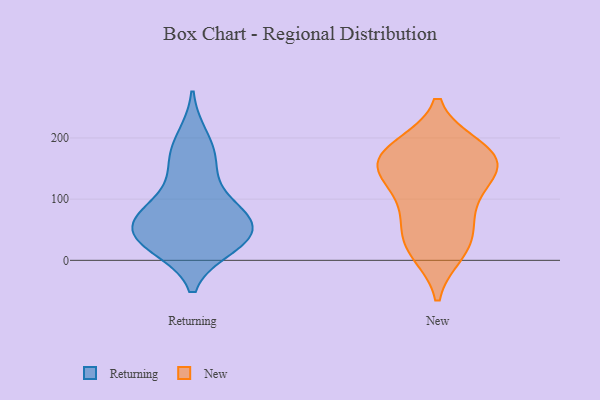
{"axis": {"x": "Demand Index", "y": "Value"}, "legend": ["New", "Returning"], "data": [{"x": "", "y": 24, "type": "Returning"}, {"x": "", "y": 30, "type": "Returning"}, {"x": "", "y": 86, "type": "Returning"}, {"x": "", "y": 49, "type": "Returning"}, {"x": "", "y": 155, "type": "Returning"}, {"x": "", "y": 200, "type": "Returning"}, {"x": "", "y": 37, "type": "Returning"}, {"x": "", "y": 35, "type": "Returning"}, {"x": "", "y": 165, "type": "Returning"}, {"x": "", "y": 68, "type": "Returning"}, {"x": "", "y": 66, "type": "Returning"}, {"x": "", "y": 89, "type": "Returning"}, {"x": "", "y": 69, "type": "New"}, {"x": "", "y": 134, "type": "New"}, {"x": "", "y": 162, "type": "New"}, {"x": "", "y": 21, "type": "New"}, {"x": "", "y": 184, "type": "New"}, {"x": "", "y": 178, "type": "New"}, {"x": "", "y": 34, "type": "New"}, {"x": "", "y": 82, "type": "New"}, {"x": "", "y": 153, "type": "New"}, {"x": "", "y": 14, "type": "New"}, {"x": "", "y": 178, "type": "New"}, {"x": "", "y": 155, "type": "New"}, {"x": "", "y": 121, "type": "New"}]}